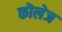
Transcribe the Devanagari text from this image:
कॊलेज